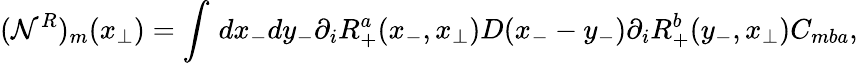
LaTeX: ({\mathcal N}^{R})_{m}(x_{\perp})=\int\, dx_{-}dy_{-}\partial_{i}R_{+}^{a}(x_{-},x_{\perp})D(x_{-}-y_{-})\partial_{i}R_{+}^{b}(y_{-},x_{\perp})C_{mba},